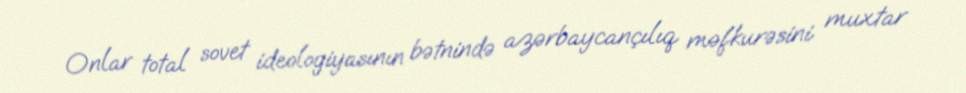
Onlar total sovet ideologiyasının bətnində azərbaycançılıq məfkurəsini muxtar